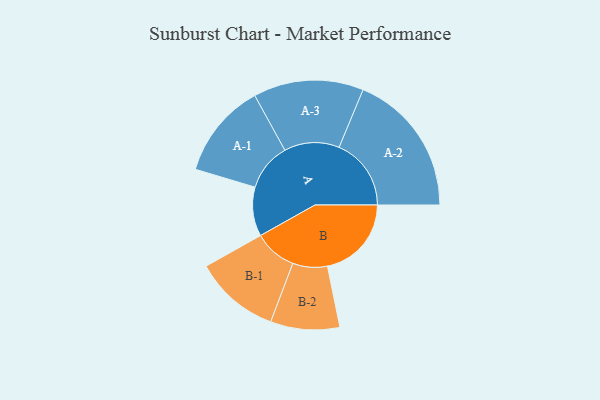
{"axis": {"x": "Segment", "y": "Value"}, "legend": ["", "A", "B"], "data": [{"x": "A", "y": 199, "type": ""}, {"x": "B", "y": 340, "type": ""}, {"x": "A-1", "y": 193, "type": "A"}, {"x": "A-2", "y": 292, "type": "A"}, {"x": "A-3", "y": 223, "type": "A"}, {"x": "B-1", "y": 173, "type": "B"}, {"x": "B-2", "y": 140, "type": "B"}]}